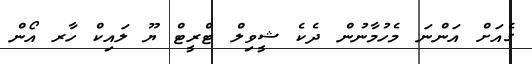
ގެއަށް އަންނަ މެހުމާނުން ދެކެ ޝީވިލް ޓްރީޓް ޔޫ ލައިކް ހާރ އޯން